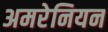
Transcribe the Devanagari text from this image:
अमरेनियन